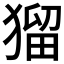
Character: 𤠑